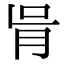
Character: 𦙃